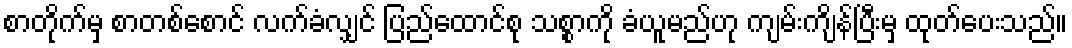
စာတိုက်မှ စာတစ်စောင် လက်ခံလျှင် ပြည်ထောင်စု သစ္စာကို ခံယူမည်ဟု ကျမ်းကျိန်ပြီးမှ ထုတ်ပေးသည်။